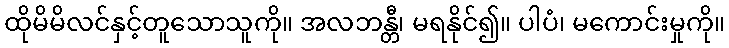
ထိုမိမိလင်နှင့်တူသောသူကို။ အလဘန္တီ၊ မရနိုင်၍။ ပါပံ၊ မကောင်းမှုကို။